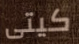
كيتى